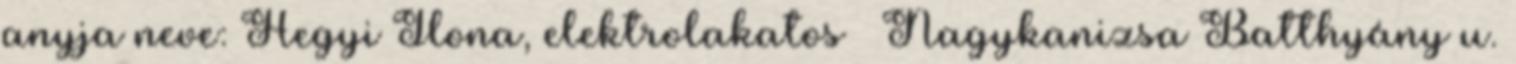
anyja neve: Hegyi Ilona, elektrolakatos – Nagykanizsa Batthyány u.